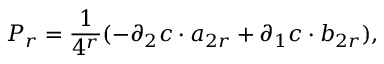
{ \cal P } _ { r } = \frac { 1 } { 4 ^ { r } } ( - \partial _ { 2 } c \cdot a _ { 2 r } + \partial _ { 1 } c \cdot b _ { 2 r } ) ,